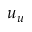
u _ { u }